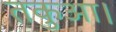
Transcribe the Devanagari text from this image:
तकुआ।